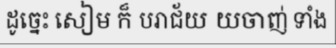
ដូច្នេះ សៀម ក៏ បរាជ័យ យចាញ់ ទាំង